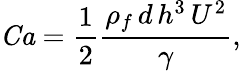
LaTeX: \mathit{Ca}=\frac{1}{2}\frac{\rho_{f}\, d\, h^{3}\, U^{2}}{\gamma},